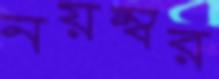
নয়ম্বর